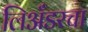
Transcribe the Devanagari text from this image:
लिअँडरचा